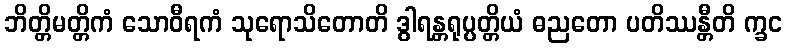
ဘိတ္တိမတ္တိကံ သောဝီရကံ သုရောသိတောတိ ဒွါရန္တရုပ္ပတ္တိယံ ဓညတော ပတိဿန္တီတိ က္ခင